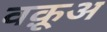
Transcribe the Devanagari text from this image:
वक़ूअ